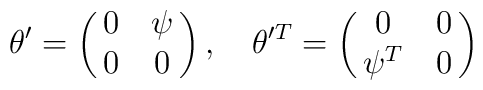
\theta'=\pmatrix{0 & \psi\cr                0 & 0}, \quad \theta'^{T}=\pmatrix{0 & 0\cr                \psi^{T} & 0}